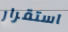
استقرار